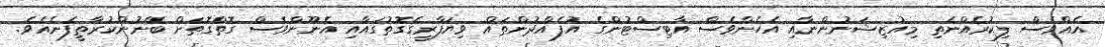
އެއްވެސް ފިކުރެއްނެތި މިއުޒިޝަނުންނާއި އެހެންވެސް އާޓިސްޓުންގެ އުފެއްދުންތައް ވިޔަފާރީގެގޮތުގައާއި އެނޫންވެސް ގޮތްގޮތަށް ބޭނުންކުރާތީފެނެއެވެ.